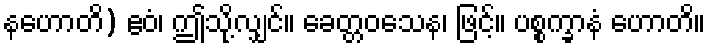
နဟောတိ) ဧဝံ၊ ဤသို့လျှင်။ ခေတ္တဝသေန၊ ဖြင့်။ ပစ္စက္ခာနံ ဟောတိ။